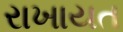
રાખાયત